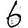
Digit: 6